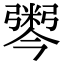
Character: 𢐫